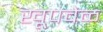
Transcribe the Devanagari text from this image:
खूपवेळ